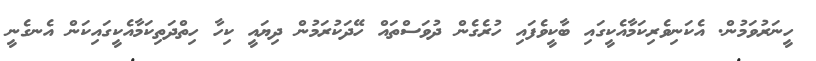
ހީނަރުވަމުން. އެކަނިވެރިކަމާއެކީގައި ބާކީވެފައި ހުރެގެން ދުވަސްތައް ހޭދަކުރަމުން ދިޔައީ ކިހާ ހިތްދަތިކަމާއެކީގައިކަން އެނގެނީ